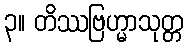
၃။ တိဿဗြဟ္မာသုတ္တ